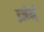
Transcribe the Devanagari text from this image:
इलेक्ट्रे